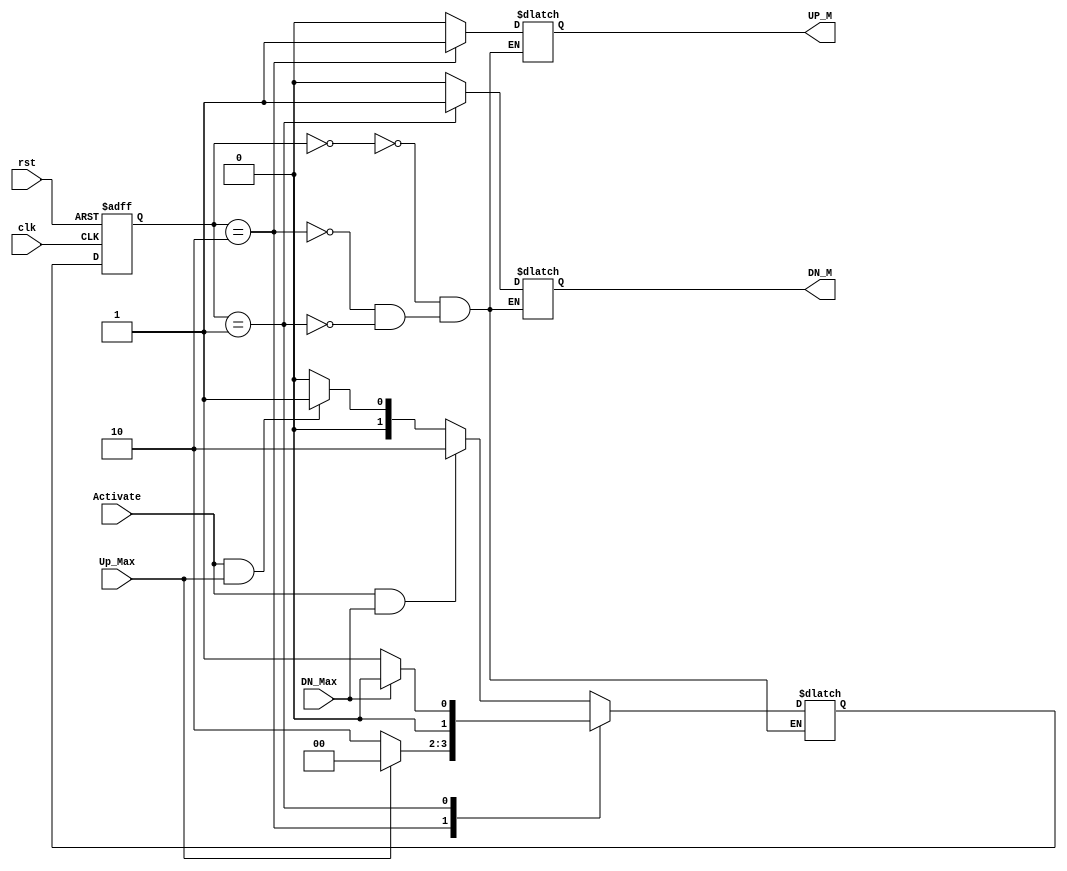
module Automatic_Garage_Door_Controller (
  input   wire      clk,
  input   wire      rst,
  input   wire      Activate,
  input   wire      Up_Max,
  input   wire      DN_Max,
  output  reg       UP_M,
  output  reg       DN_M
  );
  
localparam  [1:0]   IDLE = 2'b00,     // Bits order: UP_M - DN_M
                    Mv_Up = 2'b10,
                    Mv_Dn = 2'b01 ;

reg     [1:0]       current_state,
                    next_state ;

// state transition
always @(posedge clk or negedge rst)
  begin
    if(!rst)
      begin
        current_state <= IDLE ;
      end
    else
      begin
        current_state <= next_state ;
      end
  end

// next state logic
always @(*)
  begin
    case(current_state)
      IDLE  : begin
                if(Activate && DN_Max)
                  next_state = Mv_Up ;
                else if(Activate && Up_Max)
                  next_state = Mv_Dn ;
                else
                  next_state = IDLE ;
              end
              
      Mv_Up : begin
                if(Up_Max)
                  next_state = IDLE ;
                else
                  next_state = Mv_Up ;
              end
              
      Mv_Dn : begin
                if(DN_Max)
                  next_state = IDLE ;
                else
                  next_state = Mv_Dn ;
              end
    endcase
  end

// output logic
always @(*)
  begin
    case(current_state)
      IDLE  : begin
                UP_M = 1'b0 ;
                DN_M = 1'b0 ;
              end
              
      Mv_Up : begin
                UP_M = 1'b1 ;
                DN_M = 1'b0 ;
              end
              
      Mv_Dn : begin
                UP_M = 1'b0 ;
                DN_M = 1'b1 ;
              end
    endcase
  end

endmodule